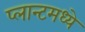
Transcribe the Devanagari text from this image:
प्लान्टमध्ये